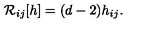
{ \cal R } _ { i j } [ h ] = ( d - 2 ) h _ { i j } .